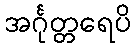
အင်္ဂုတ္တရေပိ